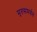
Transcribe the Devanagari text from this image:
मृतसमर्थन